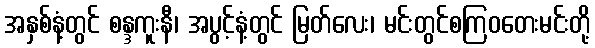
အနှစ်နံ့တွင် စန္ဒကူးနီ၊ အပွင့်နံ့တွင် မြတ်လေး၊ မင်းတွင်စကြဝတေးမင်းတို့